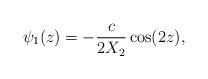
LaTeX: \begin{align*}\psi_1(z) =- \frac c{2X_2}\cos(2z),\end{align*}